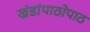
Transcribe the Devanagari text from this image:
खंडांपाठोपाठ